Indian journal of veterinary science and animal husbandry - Volume 8,
Year: 1938
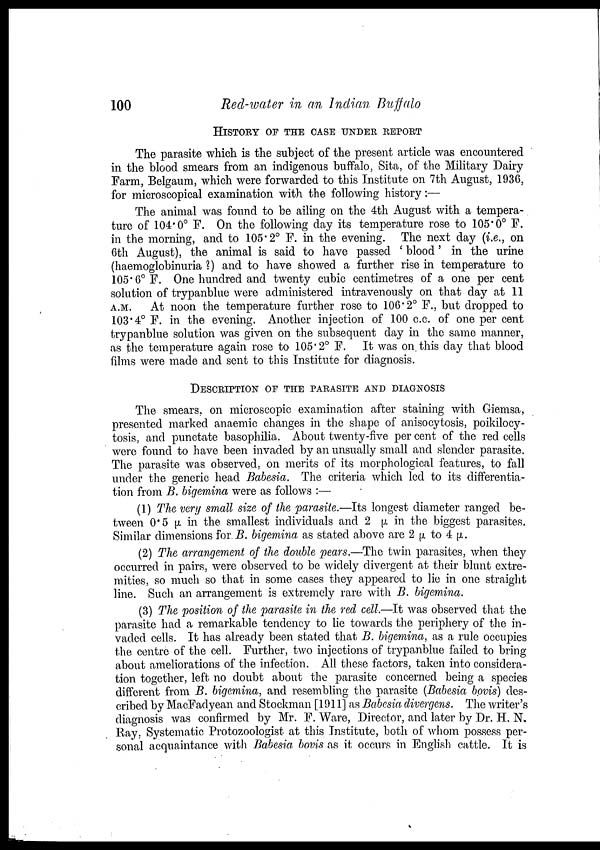
100
Red-water in an Indian Buffalo
HISTORY OF THE CASE UNDER REPORT
The parasite which is the subject of the present article was encountered
in the blood smears from an indigenous buffalo, Sita, of the Military Dairy
Farm, Belgaum, which were forwarded to this Institute on 7th August, 1936,
for microscopical examination with the following history :—
The animal was found to be ailing on the 4th August with a tempera-
ture of 104.0° F. On the following day its temperature rose to 105.0° F.
in the morning, and to 105.2° F. in the evening. The next day (i.e., on
6th August), the animal is said to have passed ' blood' in the urine
(haemoglobinuria ?) and to have showed a further rise in temperature to
105.6° F. One hundred and twenty cubic centimetres of a one per cent
solution of trypanblue were administered intravenously on that day at 11
A.M. At noon the temperature further rose to 106.2° F., but dropped to
103.4° F. in the evening. Another injection of 100 c.c. of one per cent
trypanblue solution was given on the subsequent day in the same manner,
as the temperature again rose to 105.2° F. It was on this day that blood
films were made and sent to this Institute for diagnosis.
DESCRIPTION OF THE PARASITE AND DIAGNOSIS
The smears, on microscopic examination after staining with Giemsa,
presented marked anaemic changes in the shape of anisocytosis, poikilocy¬
tosis, and punctate basophilia. About twenty-five per cent of the red cells
were found to have been invaded by an unsually small and slender parasite.
The parasite was observed, on merits of its morphological features, to fall
under the generic head Babesia. The criteria which led to its differentia-
tion from B. bigemina were as follows :—
(1) The very small size of the parasite.—Its longest diameter ranged be-
tween 0.5 µ in the smallest individuals and 2 µ in the biggest parasites.
Similar dimensions for B. bigemina as stated above are 2 µ to 4 µ.
(2) The arrangement of the double pears.—The twin parasites, when they
occurred in pairs, were observed to be widely divergent at their blunt extre-
mities, so much so that in some cases they appeared to lie in one straight
line. Such an arrangement is extremely rare with B. bigemina.
(3) The position of the parasite in the red cell.—It was observed that the
parasite had a remarkable tendency to lie towards the periphery of the in-
vaded cells. It has already been stated that B. bigemina, as a rule occupies
the centre of the cell. Further, two injections of trypanblue failed to bring-
about ameliorations of the infection. All these factors, taken into considera-
tion together, left no doubt about the parasite concerned being a species
different from B. bigemina, and resembling the parasite (Babesia bovis) des-
cribed by MacFadyean and Stockman [1911] as Babesia divergens. The writer's
diagnosis was confirmed by Mr. F. Ware, Director, and later by Dr. H. N.
Ray, Systematic Protozoologist at this Institute, both of whom possess per-
sonal acquaintance with Babesia bovis as it occurs in English cattle. It is